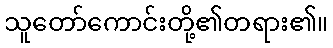
သူတော်ကောင်းတို့၏တရား၏။